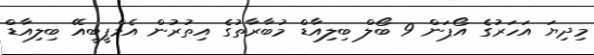
މިދިޔަ އަހަރުގެ އޯޕަން 9 ބޯލް ބިލިއާޑް މުބާރާތުގެ އިތުރުން އެމްޕީބީއޭ ބިލިއާޑް